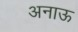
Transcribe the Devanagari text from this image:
अनाऊ